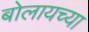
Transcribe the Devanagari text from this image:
बोलायच्या